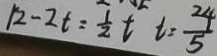
1 2 - 2 t = \frac { 1 } { 2 } t t = \frac { 2 4 } { 5 }